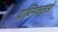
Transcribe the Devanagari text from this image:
प्राथ्मिकताओं